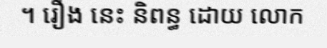
។ រឿង នេះ និពន្ធ ដោយ លោក